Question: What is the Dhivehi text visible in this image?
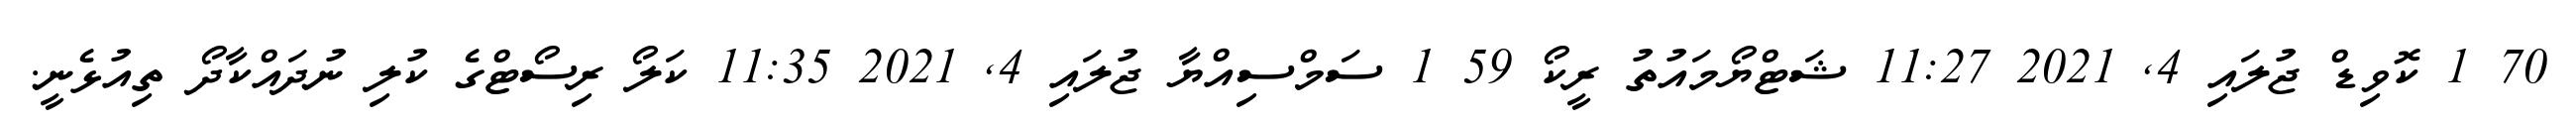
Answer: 70 1 ކޮވިޑް ޖުލައި 4, 2021 11:27 ޝަޓްޔޯމައުތު ރީކޯ 59 1 ސަމްސިއްޔާ ޖުލައި 4, 2021 11:35 ކަލޯ ރިސޯޓްގެ ކުލި ނުދައްކާދޯ ތިއުޅެނީ.